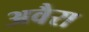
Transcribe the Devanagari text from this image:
अवैरा